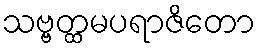
သဗ္ဗတ္ထမပရာဇိတော